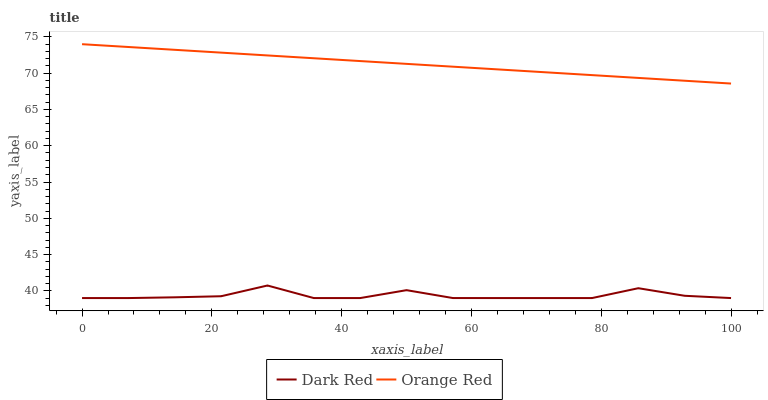
| xaxis_label | Dark Red | Orange Red |
 | --- | --- | --- |
 | 0 | 39 | 74 |
 | 7.14 | 39 | 73.6 |
 | 14.3 | 39.1 | 73.2 |
 | 21.4 | 39.3 | 72.8 |
 | 28.6 | 40.7 | 72.5 |
 | 35.7 | 39 | 72.1 |
 | 42.9 | 39 | 71.7 |
 | 50 | 40.1 | 71.3 |
 | 57.1 | 39 | 70.9 |
 | 64.3 | 39 | 70.5 |
 | 71.4 | 39 | 70.1 |
 | 78.6 | 39 | 69.7 |
 | 85.7 | 40.4 | 69.4 |
 | 92.9 | 39.3 | 69 |
 | 100 | 39 | 68.6 |